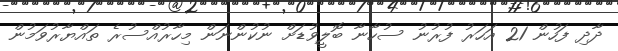
ދާދި ފަހުން 21 އަހަރު ފުރުނު ސުހާނާ ބޮލީވުޑަށް ނުކުންނަން މިހާރުއްސުރެ ތައްޔާރުވަމުން